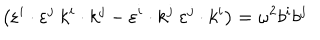
\left( \varepsilon ^ { i } \cdot \varepsilon ^ { j } ~ k ^ { i } \cdot k ^ { j } - \varepsilon ^ { i } \cdot k ^ { j } ~ \varepsilon ^ { j } \cdot k ^ { i } \right) = \omega ^ { 2 } b ^ { i } b ^ { j }